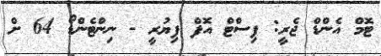
ޓޮމް އެންޑް ޖެރީ: ފިސްޓް އޮފް ފިޔުރީ - ނިންޓެންޑޯ 64 ށް